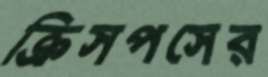
ক্রিসপসের